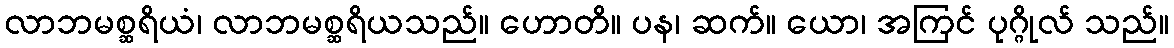
လာဘမစ္ဆရိယံ၊ လာဘမစ္ဆရိယသည်။ ဟောတိ။ ပန၊ ဆက်။ ယော၊ အကြင် ပုဂ္ဂိုလ် သည်။